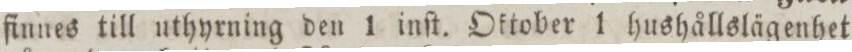
finnes till uthyrning den 1 inſt. Oktober 1 hushållslägenhet